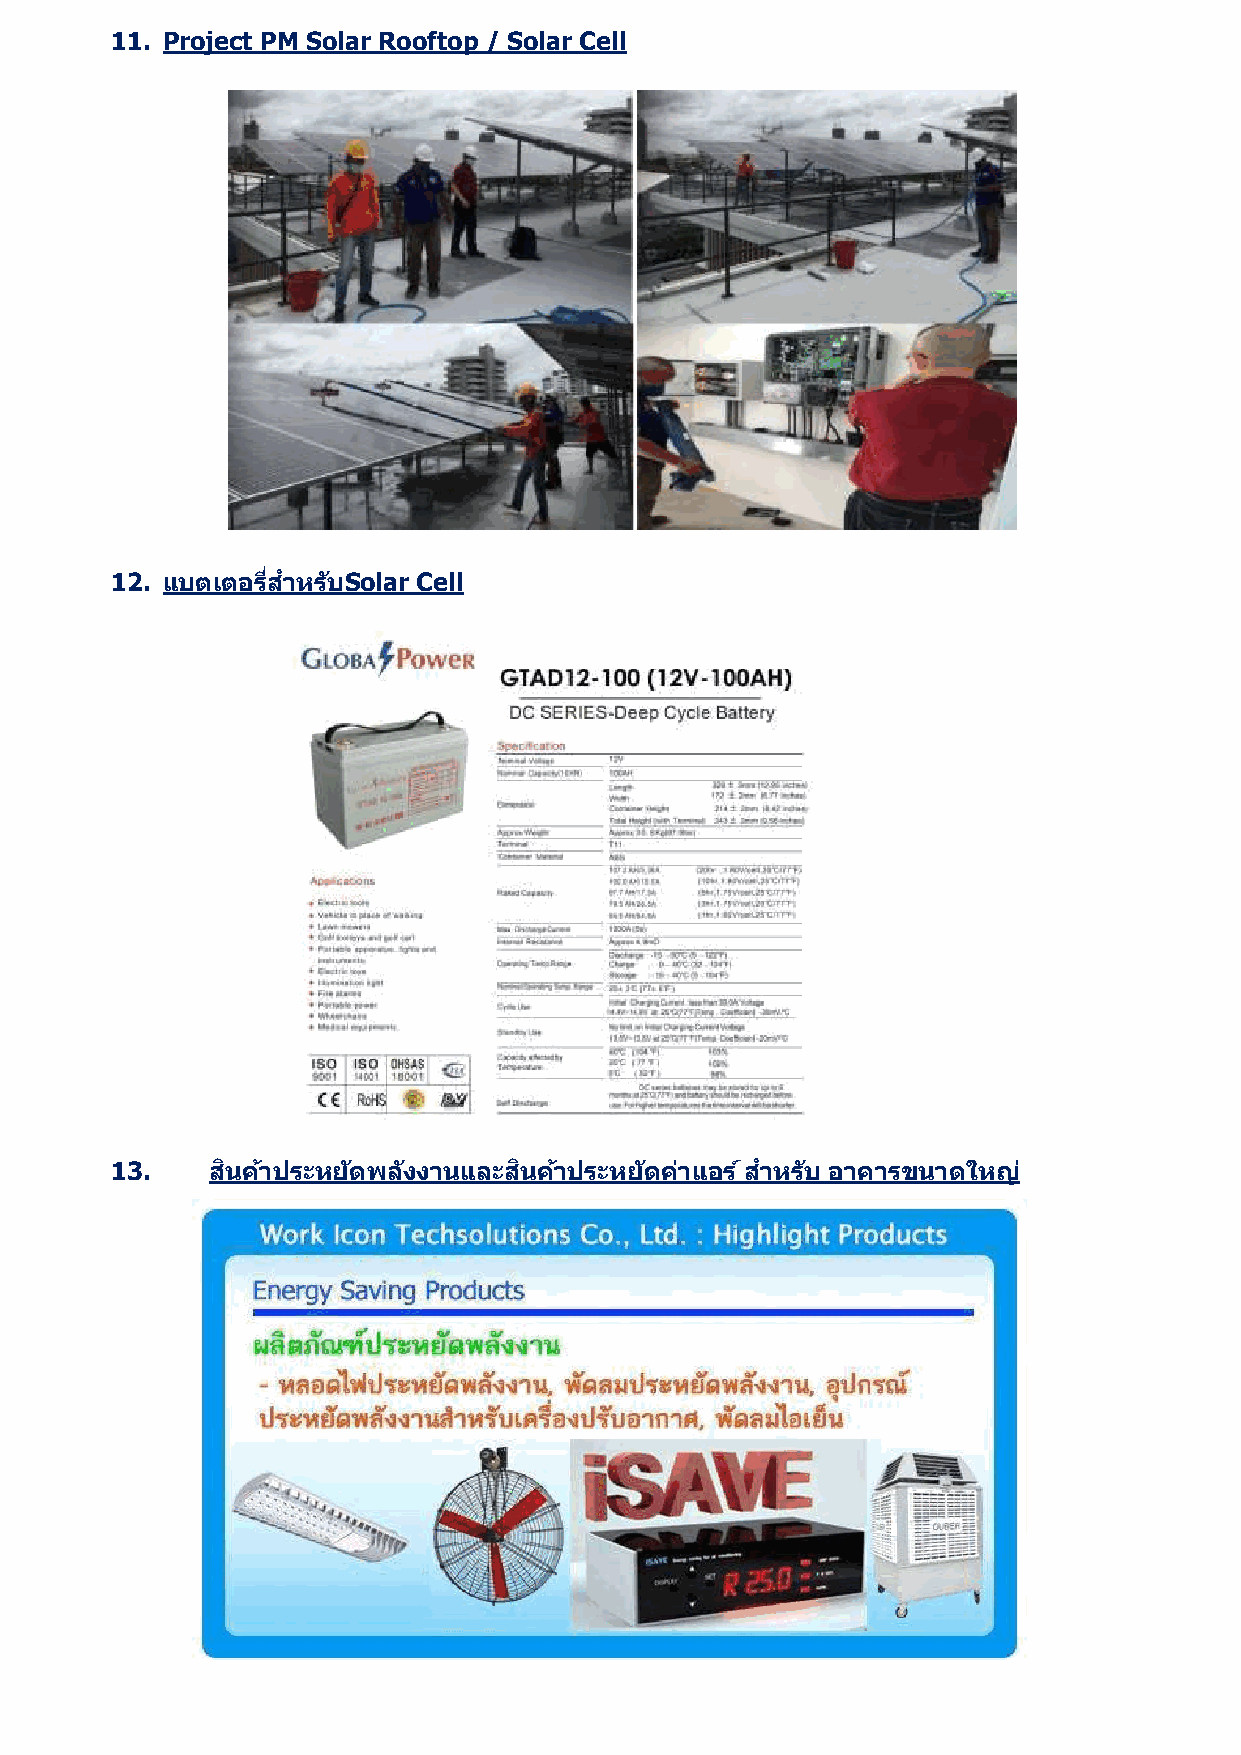
11. Project PM Solar Rooftop / Solar Cell
 12. แบตเตอรสี่ ำ หรบั Solar Cell
 13.    สนิ คำ้ ประหยดั พลงั งำนและสนิ คำ้ ประหยดั คำ่ แอร ์สำ หรบั อำคำรขนำดใหญ ่